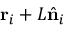
\mathbf { r } _ { i } + L \hat { \bf n } _ { i }